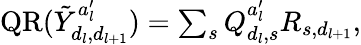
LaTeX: \begin{array}{r}{\mathrm{QR}(\tilde{Y}_{d_{l},d_{l+1}}^{a_{l}^{\prime}})=\sum_{s}Q_{d_{l},s}^{a_{l}^{\prime}}R_{s,d_{l+1}},}\end{array}